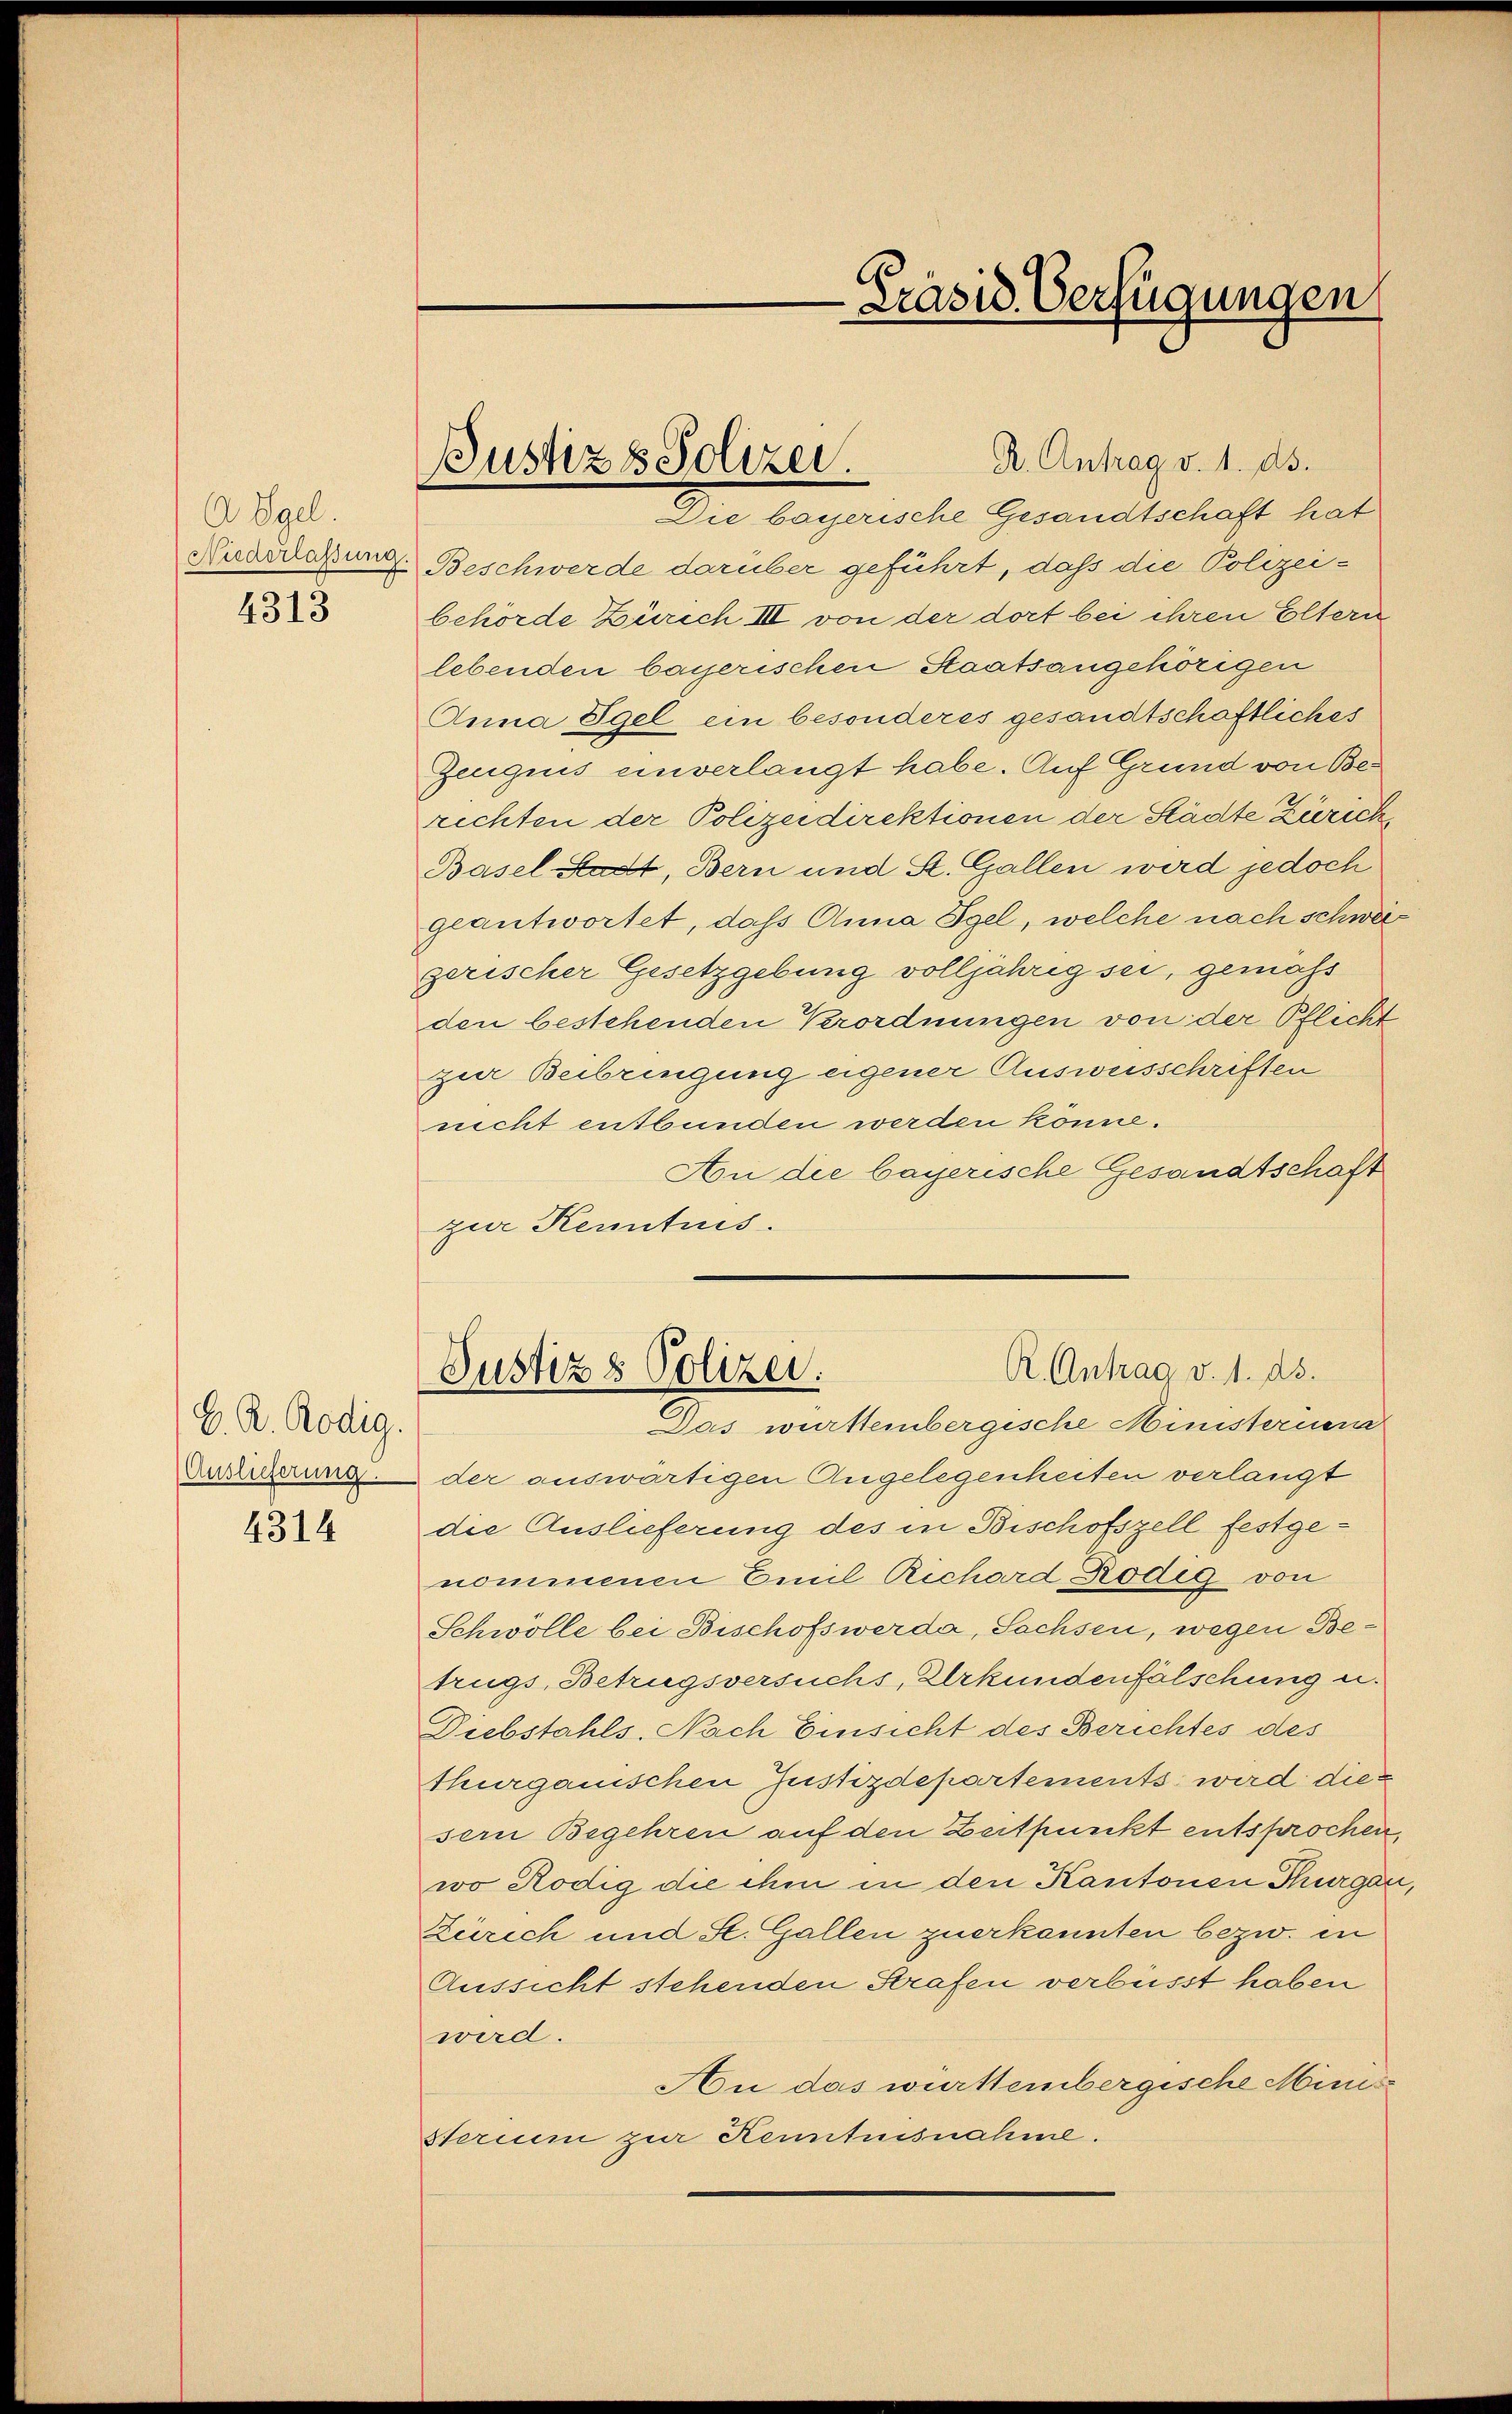
A Igel.
Niederlassung.
4313

C. R. Rödig.
Auslieferung.
4314

Justiz & Polizei.
Die bayerische Gesandtschaft hat

R. Antrag v. 1. ds.
Beschwerde darüber geführt, daß die Polizeibehörde Zürich III von der dort bei ihren Eltern
lebenden bayerischen Staatsangehörigen
Anna Egel ein besonderes gesandtschaftliches
Zeugnis einverlangt habe. Auf Grund von Berechten der Polizeidirektionen der Städte Zierich,
Basel-Stadt, Bern und St. Gallen wird jedoch
geantwortet, daß Anna Sgel, welche nach schwer
gerischer Gesetzgebung volljährig sei, gemass
den bestehenden Verordnungen von der Pflicht
zur Beibringung eigener Ausweisschriften
nicht entbunden werden könne.
Aon die bayerische Gesandtschaft
zur Kenntnis.
R. Antrag v. 1. ds.
Justiz & Polizei.
Das württembergische Ministernen
der auswärtigen Angelegenheiten verlangt
die Auslieferung des in Bischofszell festge-
nommenen Emil Richard Prödig von
Schwölle bei Bischofswerde, Sachsen, wegen Betrugs, Betrugsversuchs, Urkundenfälschung u.
Diebstahls. Nach Einsicht des Berichtes des
thurganischen Justizdepartements, wird diesern Begehren auf den Zeitpunkt entsprochen
wo Rödig die ihm in den Kantonen Thurga
Zürich und St. Gallen zuerkannten bezw. in
Aussicht stehenden Strafen verbüsst haben
wird.
Au das württembergische Minis
Sterium zur Kenntnisnahme.

Präsid. Verfügungen